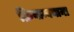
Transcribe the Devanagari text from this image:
क्रियान्वयाना